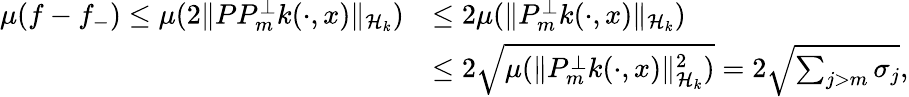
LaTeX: \begin{array}{rl}{\mu(f-f_{-})\le\mu(2\lVert PP_{m}^{\perp}k(\cdot,x)\rVert_{\mathcal{H}_{k}})}&{\le 2\mu(\lVert P_{m}^{\perp}k(\cdot,x)\rVert_{\mathcal{H}_{k}})}\\ &{\le 2\sqrt{\mu(\lVert P_{m}^{\perp}k(\cdot,x)\rVert_{\mathcal{H}_{k}}^{2})}=2\sqrt{\sum_{j>m}\sigma_{j}},}\end{array}